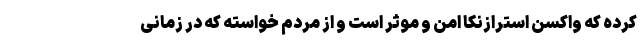
کرده که واکسن استرازنکا امن و موثر است و از مردم خواسته که در زمانی